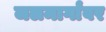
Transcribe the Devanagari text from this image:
जलमार्गांवर